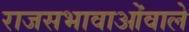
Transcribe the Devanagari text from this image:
राजसभावाओंवाले